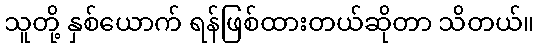
သူတို့ နှစ်ယောက် ရန်ဖြစ်ထားတယ်ဆိုတာ သိတယ်။